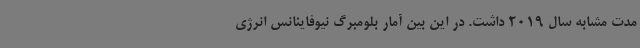
مدت مشابه سال 2019 داشت. در این بین آمار بلومبرگ نیوفاینانس انرژی